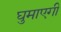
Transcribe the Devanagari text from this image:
घुमाएगी